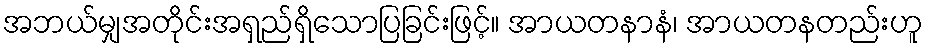
အဘယ်မျှအတိုင်းအရှည်ရှိသောပြခြင်းဖြင့်။ အာယတနာနံ၊ အာယတနတည်းဟူ